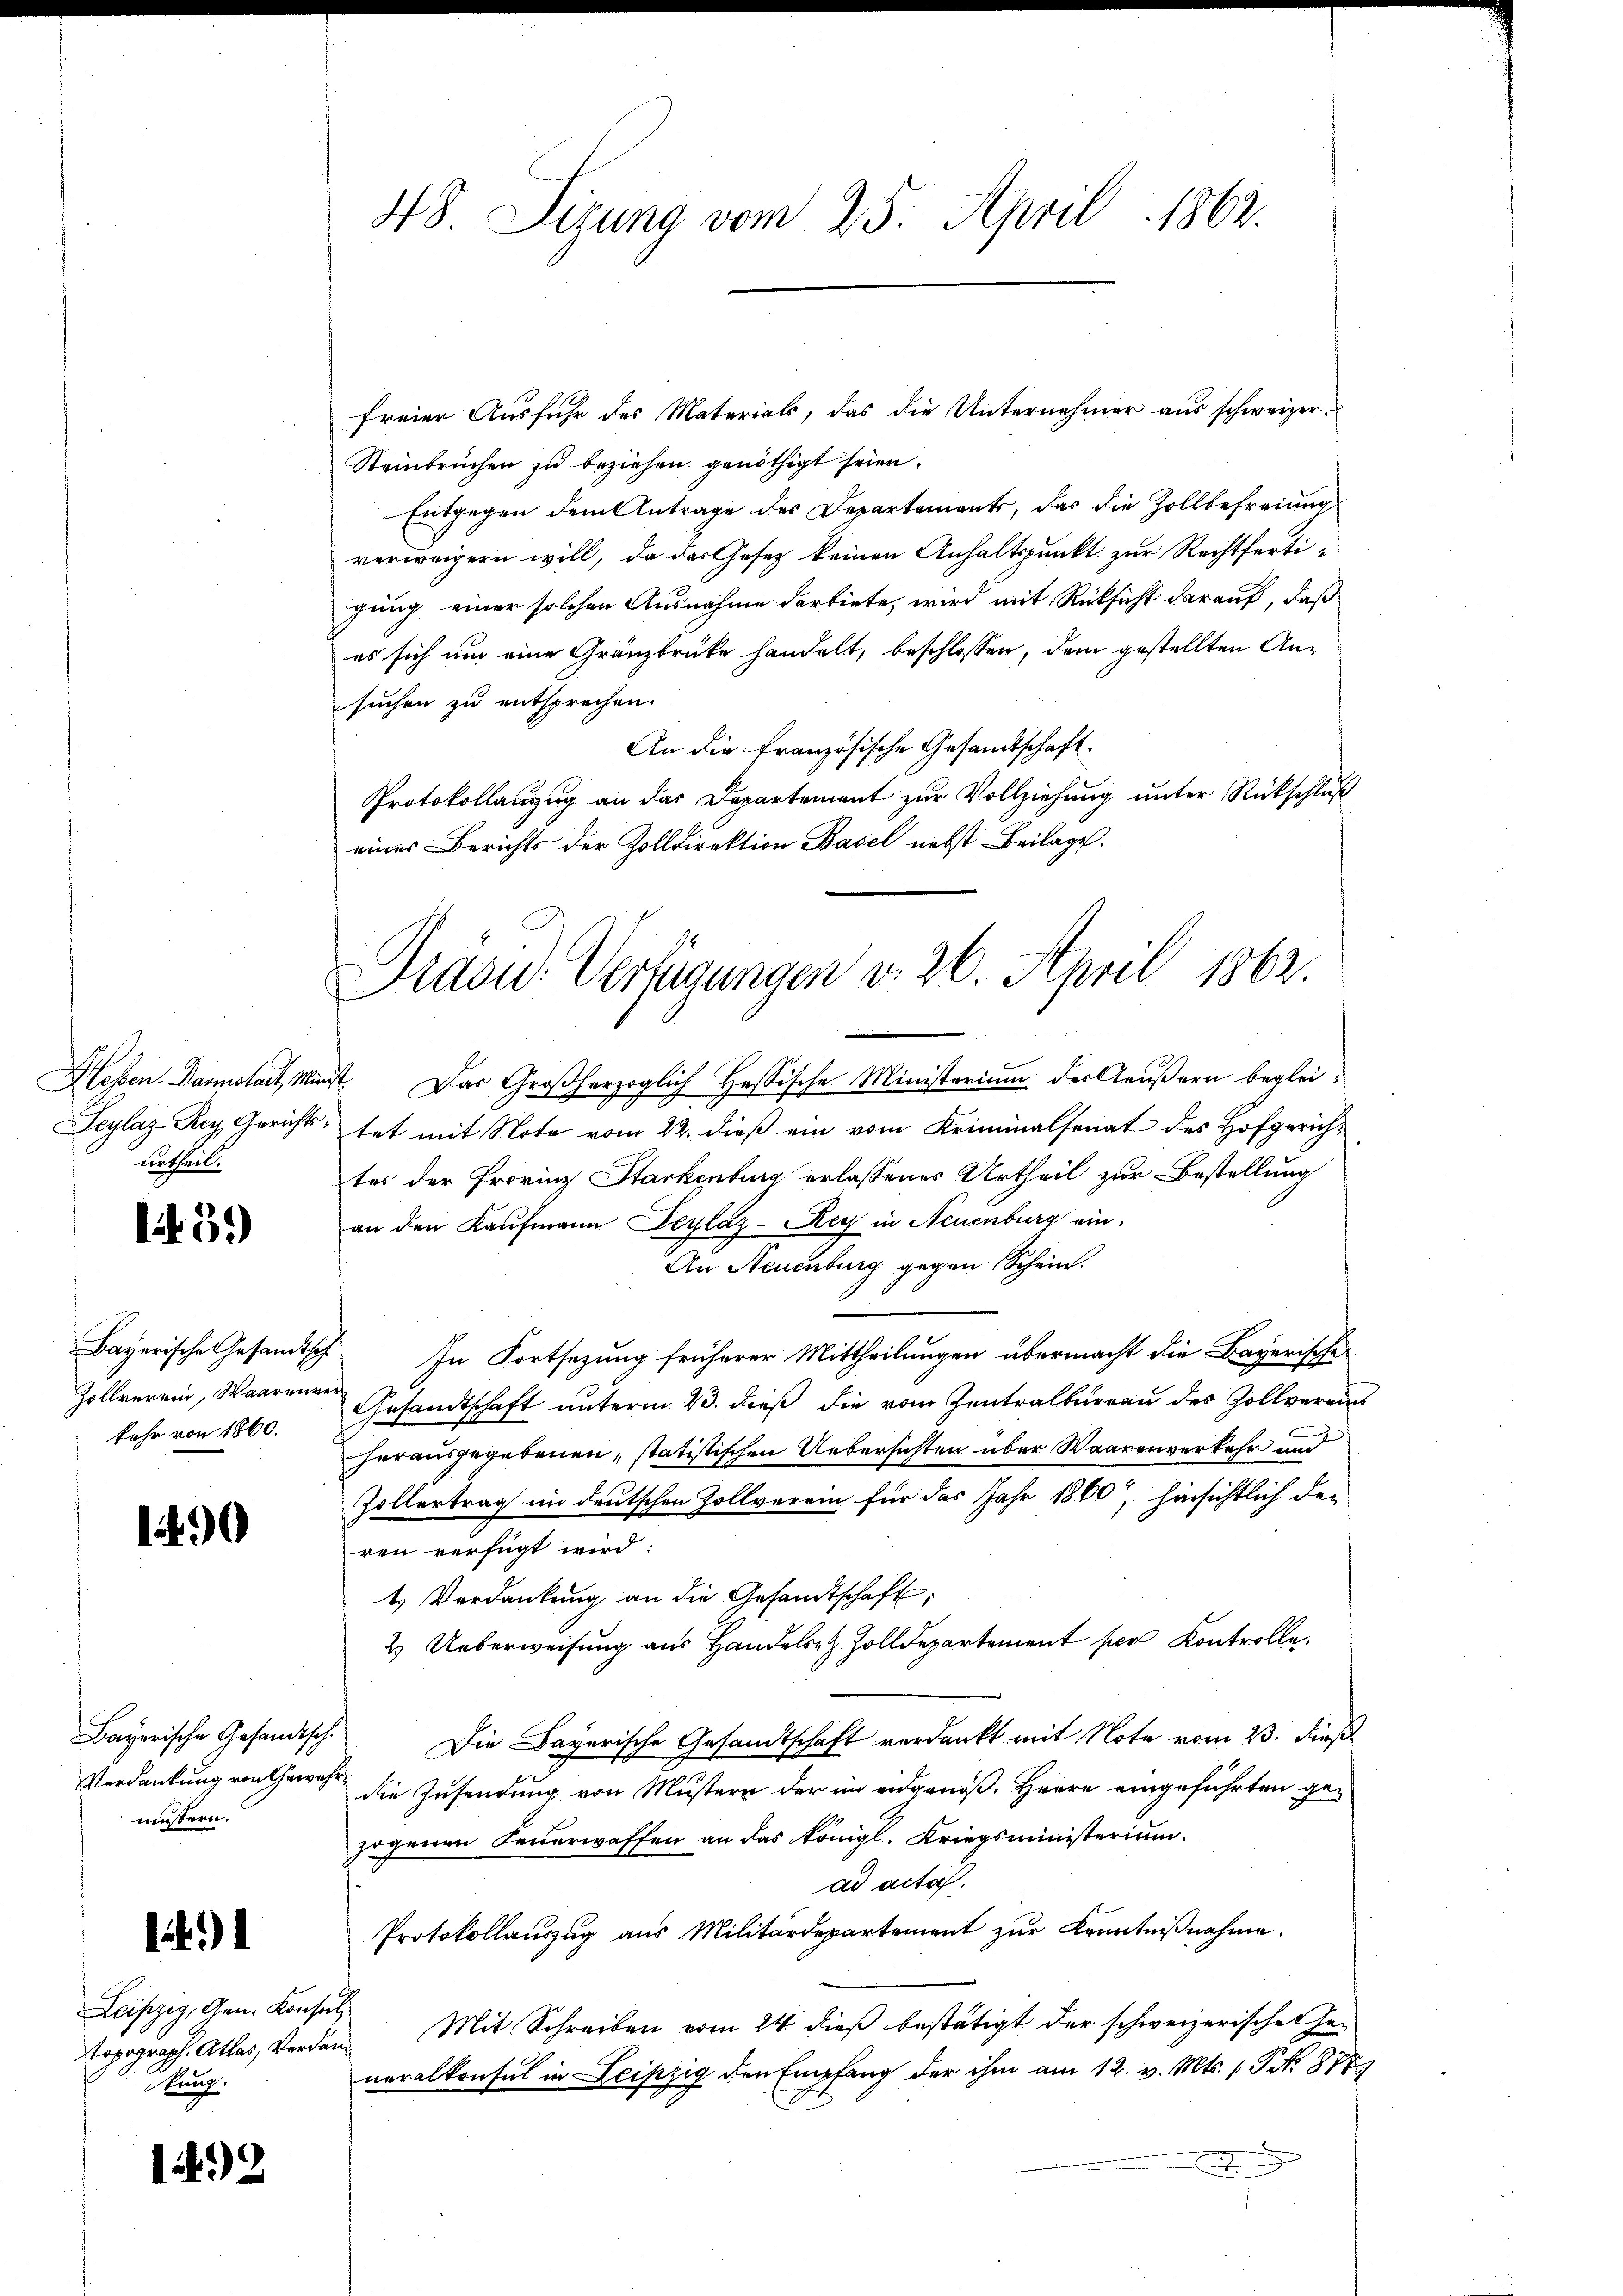
urtheil.

1459)

Bayerische Gesandtsch
Zollverein, Waarenve
kehr von 1860.

190

Bayerische Gesandtsch.
Verdankung von Gewahrmüstern.

)

Leipzig, Gen. Konse
topograph. Atlas, Verda¬
Kunz.

1492

48. Sizung vom 25. April 1862.

Präsid.- Verfügungen v. 26. April 1862.

freier Ausfuhr des Materials, das die Unternehmer aus schweizer-
Steinbruchen zu beziehen genöthigt seien.
Entgegen dem Antrage des Departements, das die Zollbefreiung
verweigern will, da der Gesetz keinen Anhaltspunkt zur Rechtfertigung einer solchen Ausnahme darbiete, wird mit Rücksicht darauf, daß
es sich um eine Gränzbrüke handelt, beschlossen, dem gestellten Ansuchen zu entsprechen.
An die französische Gesandtschaft.
Protokollanzug an das Departement zur Vollziehung unter Rückschluß
eines Berichts der Zolldirektion Basel nebst Beilage.
Hessen. Darmstaet, Minist. Das Großherzoglich Hessische Ministerium der Aeußern beglei¬
|
c
Seylaz-Rey Gerichts tat mit Note vom 22. dieß ein vom Kriminalsenat des Hofgerichtes der Provinz Starkenburg erlassenes Urtheil zur Bestellung
an den Kaufmann Beylaz-Rey in Neuenburg ein¬
An Neuenburg gegen Schein.
In Fortsezung früherer Mittheilungen übermacht die Bayerische
Gesandtschaft unterm 23. dieß die vom Zentralbureau des Zollverein
herausgegebenen, statistischen Uebersichten über Waarenverkehr und
Zollertrag in deutschen Zollverein für das Jahr 1860, hinsichtlich den
ren verfügt wird:
1. Verdankŭng an die Gesandtschaft;
2.) Ueberweisung aus Handels Zolldepartement per Kontrolle.
Die Bayerische Gesandtschaft verdankt mit Note vom 23. dieß
die Zusendung von Mustern der im eidgenöß, Herre eingeführten gezogenen Feuerwaffen an das königl. Kriegsministerium.
ad acta.
Protokollauszug aus Militärdepartement zur Kenntnißnahme.
 Mit Schreiben vom 24. dieß bestätigt der schweizerische Gei
neralkonsul in Leipzig den Empfang der ihm am 12. v. Mts. 1 P No 878
e